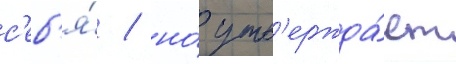
с'еб'я́ / но́ утв'ержда́ет